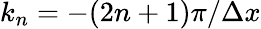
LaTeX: k_{n}=-(2n+1)\pi/\Delta x